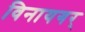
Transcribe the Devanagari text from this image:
विनायगर्